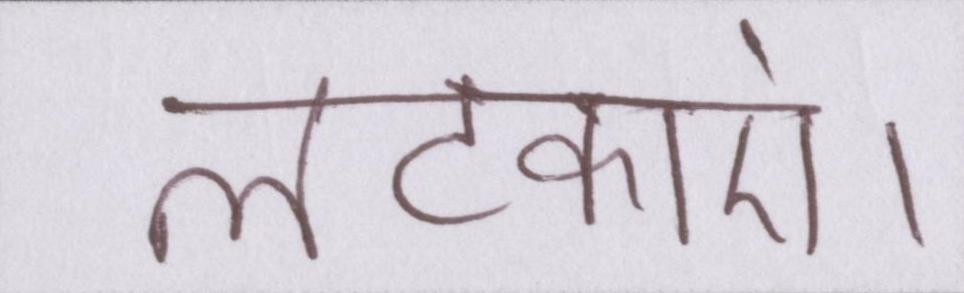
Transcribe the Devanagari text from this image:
लटकाएं।